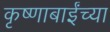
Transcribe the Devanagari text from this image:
कृष्णाबाईंच्या